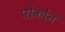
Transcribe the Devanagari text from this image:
पोकोन